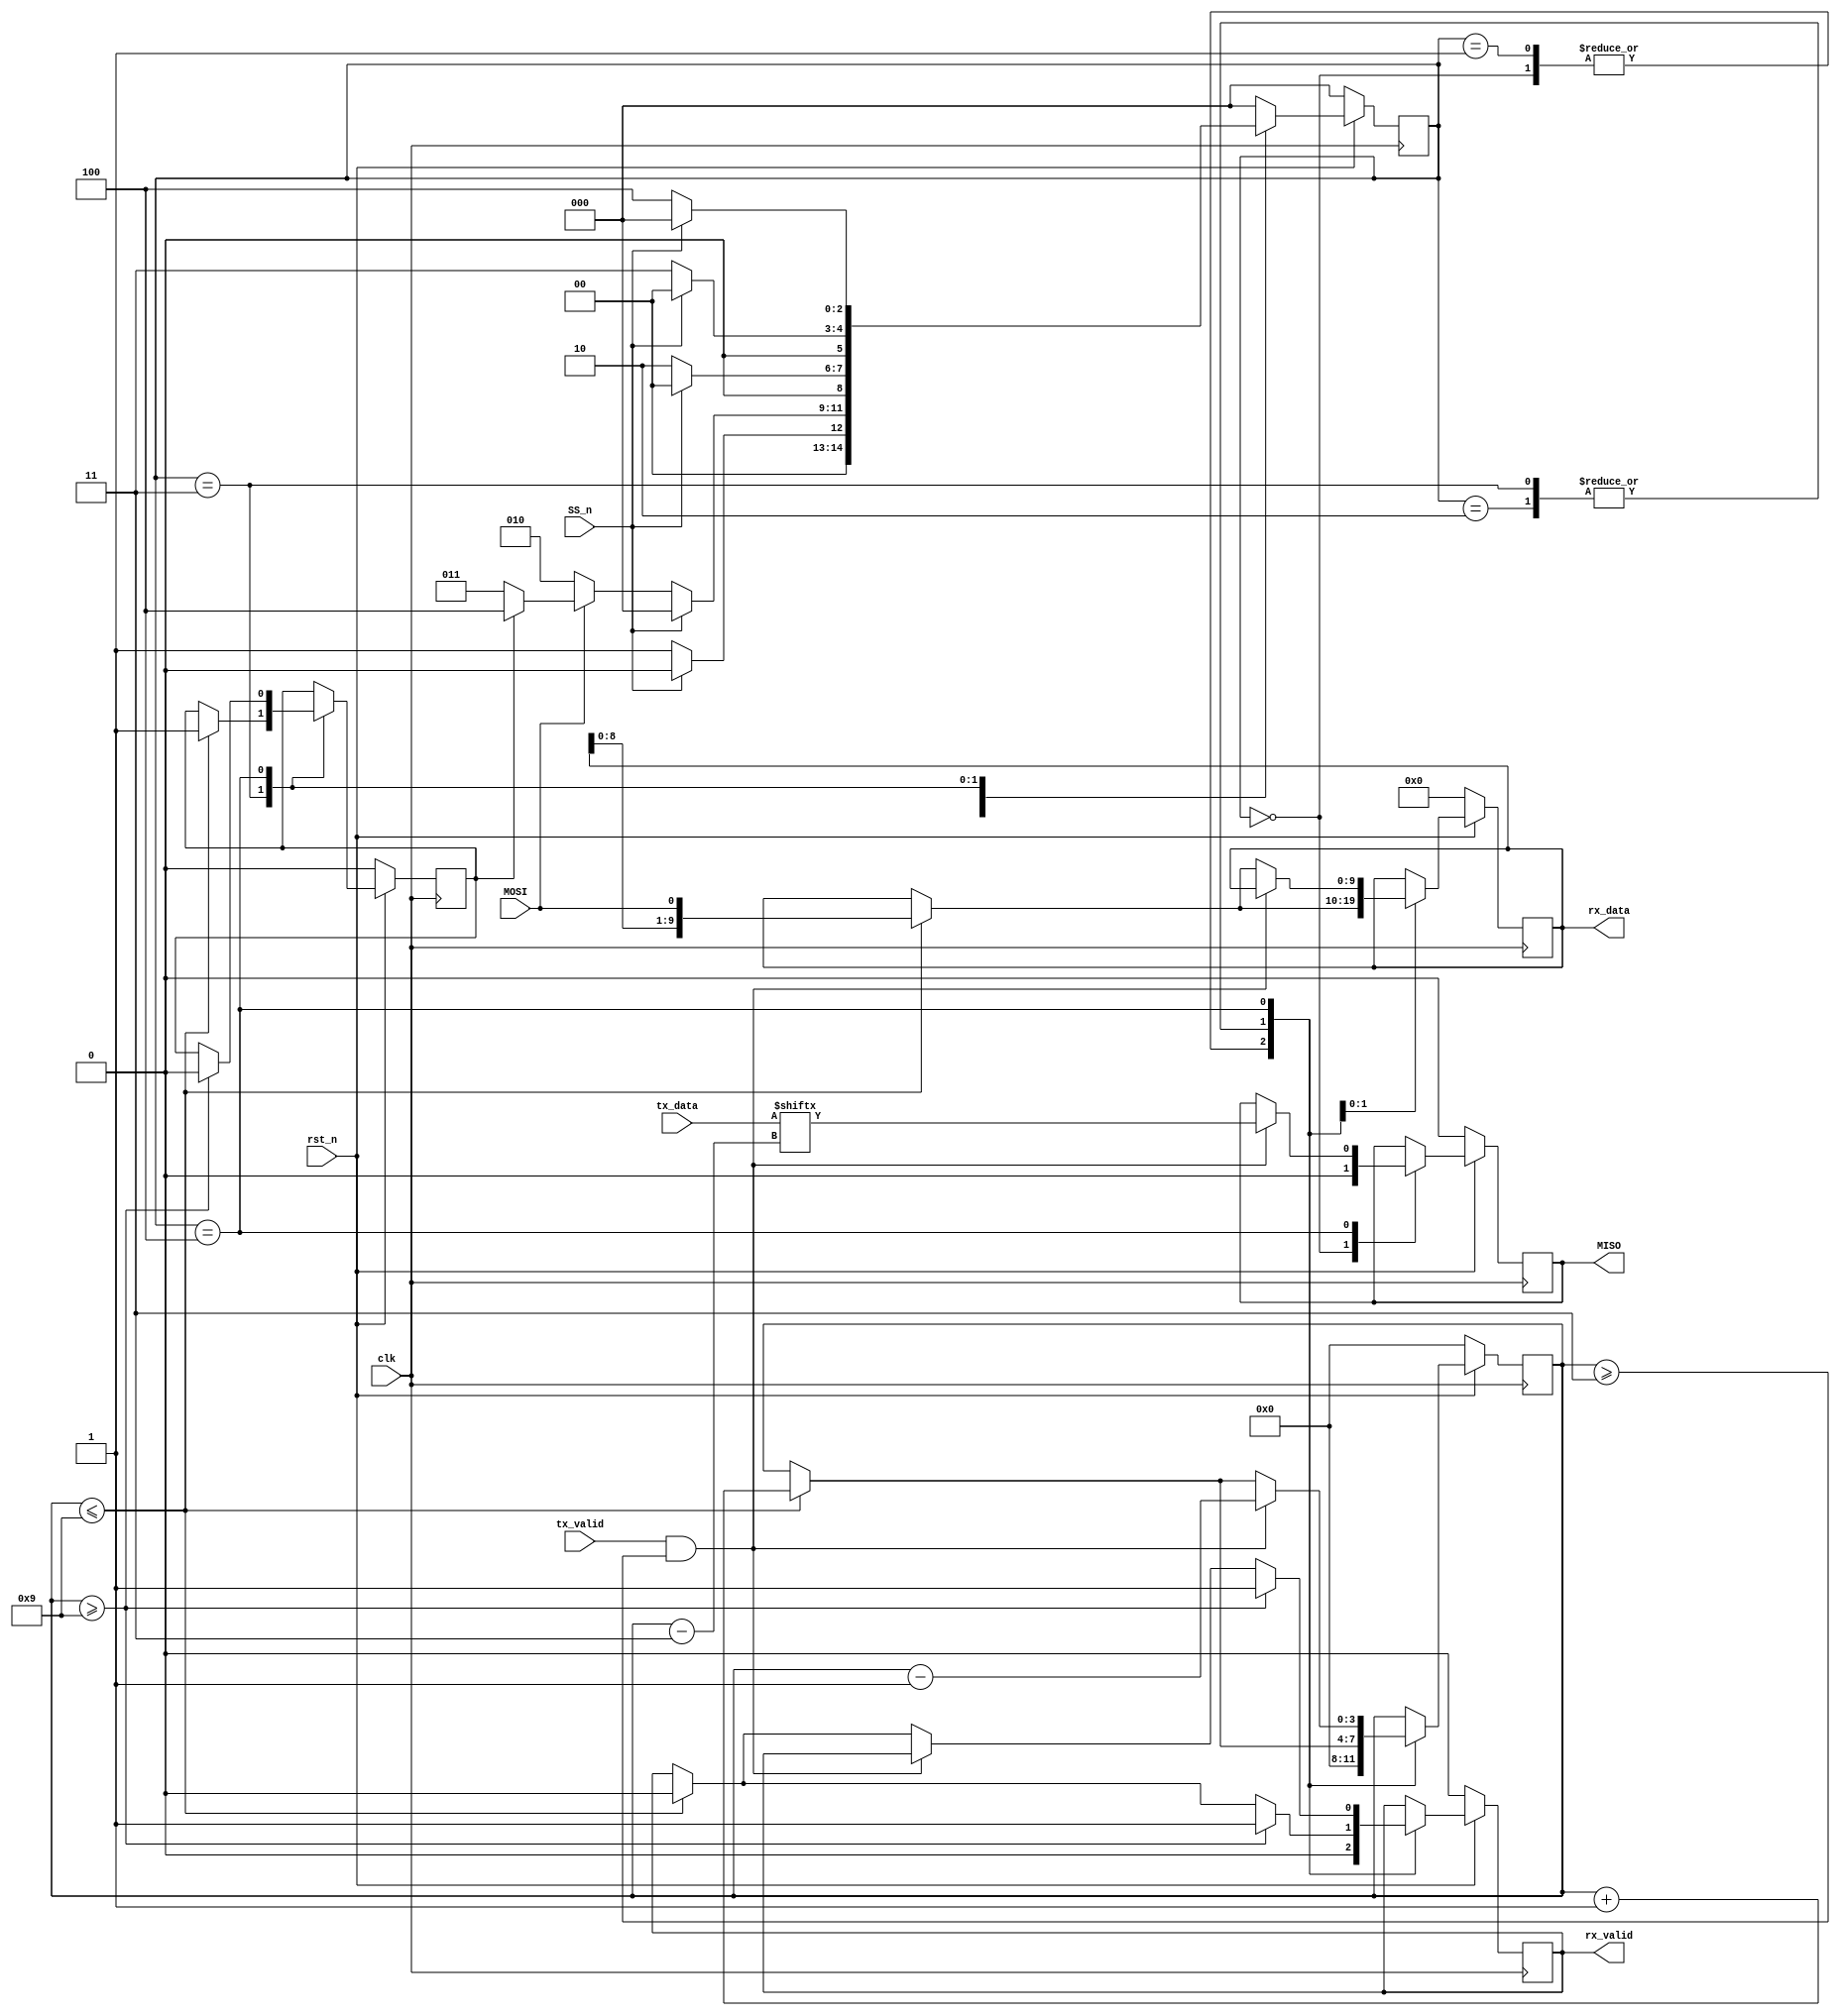
module SPI_Slave_Interface (MOSI,MISO,SS_n,clk,rst_n,rx_data,rx_valid,tx_data,tx_valid);

parameter IDLE = 3'b000;
parameter CHK_CMD = 3'b001;
parameter WRITE = 3'b010;
parameter READ_ADD = 3'b011;
parameter READ_DATA = 3'b100;

//FSM Encoding Method ----->GRAY

(* fsm_encoding = "gray" *)

// Input Declaration
input MOSI, SS_n, clk, rst_n, tx_valid; //Active Low SYNC rst
input [7:0] tx_data;

output reg MISO, rx_valid;
output reg [9:0] rx_data;

//ensure that Read Address Comes 1st and Read Data Comes 2nd
reg rd_addr_recieved; //high ---> READ SIGNAL IS RECEIVED

reg [2:0] cs, ns; 
reg[3:0] counter;


// State Memory Logic
always @(posedge clk) begin
    if (~rst_n)
        cs <= IDLE;
    else
        cs <= ns;
end

// Next State Logic
always @(*) begin
    case (cs)
        IDLE : 
            begin
                if (SS_n)
                    ns = IDLE;
                else
                    ns = CHK_CMD;
            end
        CHK_CMD : 
            begin
                if (SS_n)
                    ns = IDLE;
                else if (~MOSI)
                    ns = WRITE;
                else if (~rd_addr_recieved)
                    ns = READ_ADD;
                else
                    ns = READ_DATA;
            end
        WRITE : 
            begin
                if (SS_n)
                    ns = IDLE;
                else
                    ns = WRITE;
            end
        READ_ADD : 
            begin
                if (SS_n)
                    ns = IDLE;
                else
                    ns = READ_ADD;
            end
        READ_DATA : 
            begin
                if (SS_n)
                    ns = IDLE;
                else
                    ns = READ_DATA;
            end
        default : ns = IDLE; 
    endcase
end
//output logic
always @(posedge clk) begin
    if (~rst_n) begin
        rx_data <= 0;
        rx_valid <= 0;
        rd_addr_recieved <= 0;
        MISO <= 0;
        counter <= 0;
    end
    else begin
        case (cs)
            IDLE :
                begin
                    counter <= 0;
                    rx_valid <= 0;
                    MISO <= 0;
                end
            CHK_CMD :
                begin
                    counter <= 0;
                    rx_valid <= 0;
                end
            WRITE :
                begin
                    if (counter <= 9) begin
                        rx_data <= {rx_data[8:0],MOSI};
                        rx_valid <= 0;
                        counter <= counter + 1;
                    end
                    if (counter >= 9) begin
                        rx_valid <= 1;
                    end
                end
            READ_ADD :
                begin
                    if (counter <= 9) begin
                        rx_data <= {rx_data[8:0],MOSI};
                        rx_valid <= 0;
                        rd_addr_recieved <= 1;
                        counter <= counter + 1;
                    end
                    if (counter >= 9)
                        rx_valid <= 1;
                end
            READ_DATA :
                begin
                    if(tx_valid && counter >= 3) begin
                        MISO <= tx_data[counter - 3];
                        counter <= counter - 1;
                    end
                    else 
                    if(counter <= 9) begin
                        rx_data <= {rx_data[8:0],MOSI}; // recieved bits are MSB TO LSB
                        rx_valid <= 0;
                        counter <= counter + 1;
                    end
                    if(counter >= 9) begin
                        rx_valid <= 1;
                        rd_addr_recieved <= 0;
                    end
                end
        endcase
    end
end
endmodule